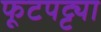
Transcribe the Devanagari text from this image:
फूटपट्ट्या